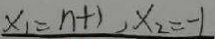
x _ { 1 } = n + 1 , x _ { 2 } = - 1